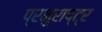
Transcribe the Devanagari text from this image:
प्रभुराष्ट्र